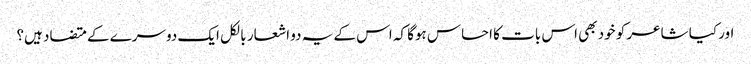
اور کیا شاعر کو خود بھی اس بات کا احساس ہوگا کہ اس کے یہ دو اشعار بالکل ایک دوسرے کے متضاد ہیں؟